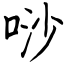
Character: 唦